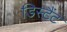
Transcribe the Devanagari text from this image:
डिस्टैंट